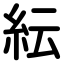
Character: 紜